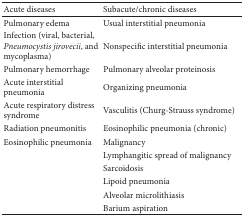
| Acute diseases | Subacute/chronic diseases |
 | --- | --- |
 | Pulmonary edema | Usual interstitial pneumonia |
 | Infection (viral, bacterial, Pneumocystis jirovecii, and mycoplasma) | Nonspecific interstitial pneumonia |
 | Pulmonary hemorrhage | Pulmonary alveolar proteinosis |
 | Acute interstitial pneumonia | Organizing pneumonia |
 | Acute respiratory distress syndrome | Vasculitis (Churg-Strauss syndrome) |
 | Radiation pneumonitis | Eosinophilic pneumonia (chronic) |
 | Eosinophilic pneumonia | Malignancy |
 |  | Lymphangitic spread of malignancy |
 |  | Sarcoidosis |
 |  | Lipoid pneumonia |
 |  | Alveolar microlithiasis |
 |  | Barium aspiration |